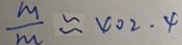
\frac { M } { m } \approx 4 0 2 . 4